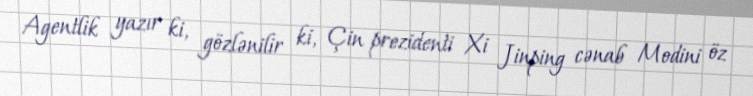
Agentlik yazır ki, gözlənilir ki, Çin prezidenti Xi Jinping cənab Modini öz